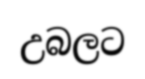
උබලට